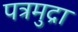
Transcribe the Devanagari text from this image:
पत्रमुद्रा